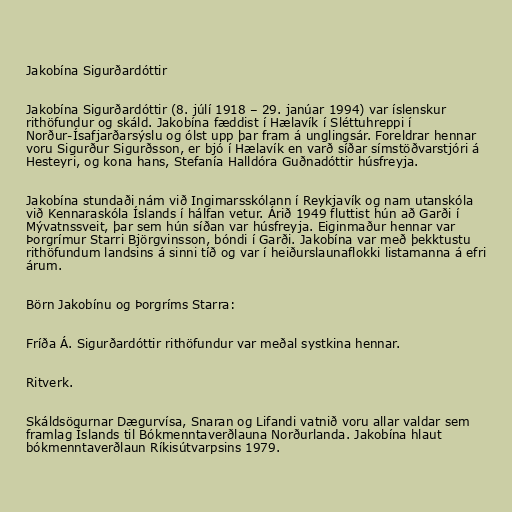
Jakobína Sigurðardóttir

Jakobína Sigurðardóttir (8. júlí 1918 – 29. janúar 1994) var íslenskur
rithöfundur og skáld. Jakobína fæddist í Hælavík í Sléttuhreppi í
Norður-Ísafjarðarsýslu og ólst upp þar fram á unglingsár. Foreldrar hennar
voru Sigurður Sigurðsson, er bjó í Hælavík en varð síðar símstöðvarstjóri á
Hesteyri, og kona hans, Stefanía Halldóra Guðnadóttir húsfreyja.

Jakobína stundaði nám við Ingimarsskólann í Reykjavík og nam utanskóla
við Kennaraskóla Íslands í hálfan vetur. Árið 1949 fluttist hún að Garði í
Mývatnssveit, þar sem hún síðan var húsfreyja. Eiginmaður hennar var
Þorgrímur Starri Björgvinsson, bóndi í Garði. Jakobína var með þekktustu
rithöfundum landsins á sinni tíð og var í heiðurslaunaflokki listamanna á efri
árum.

Börn Jakobínu og Þorgríms Starra:

Fríða Á. Sigurðardóttir rithöfundur var meðal systkina hennar.

Ritverk.

Skáldsögurnar Dægurvísa, Snaran og Lifandi vatnið voru allar valdar sem
framlag Íslands til Bókmenntaverðlauna Norðurlanda. Jakobína hlaut
bókmenntaverðlaun Ríkisútvarpsins 1979.